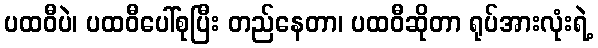
ပထဝီပဲ၊ ပထဝီပေါ်စုပြီး တည်နေတာ၊ ပထဝီဆိုတာ ရုပ်အားလုံးရဲ့